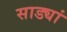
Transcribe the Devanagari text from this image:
साड्यां